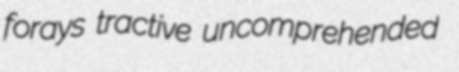
forays tractive uncomprehended